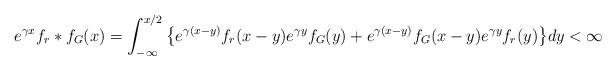
LaTeX: \begin{align*} e^{\gamma x} f_r\ast f_G (x) = \int_{-\infty}^{x/2}\big\{e^{\gamma(x-y)}f_r(x-y) e^{\gamma y} f_G(y) +e^{\gamma(x-y)}f_G(x-y)e^{\gamma y}f_r(y)\big\} dy <\infty \end{align*}